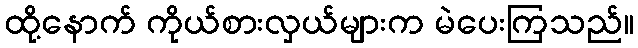
ထို့နောက် ကိုယ်စားလှယ်များက မဲပေးကြသည်။